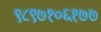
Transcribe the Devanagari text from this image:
९८९७१०६१७७